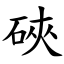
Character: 硤